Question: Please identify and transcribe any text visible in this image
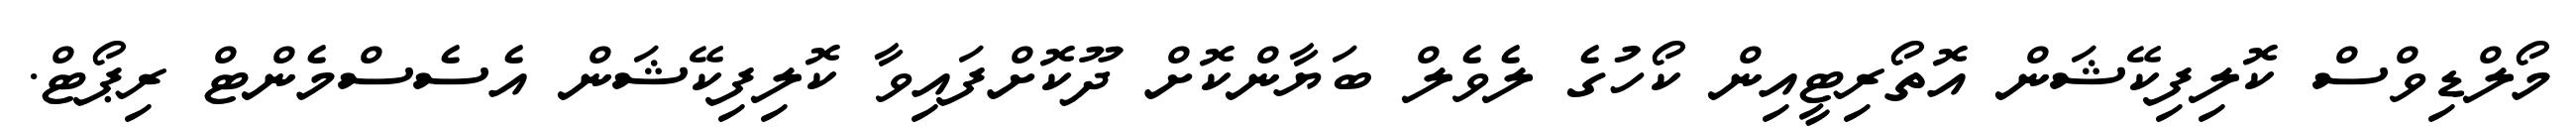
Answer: މޯލްޑިވްސް ކޮލިފިކޭޝަން އޮތޯރިޓީއިން ކޯހުގެ ލެވެލް ބަޔާންކޮށް ދޫކޮށްފައިވާ ކޮލިފިކޭޝަން އެސެސްމެންޓް ރިޕޯޓް.